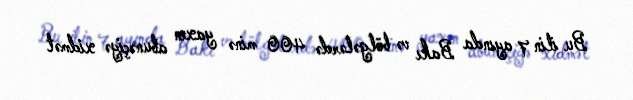
Bu ilin 7 ayında Bakı və bölgələrdə 400 minə yaxın abunəçiyə xidmət